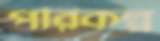
পরিকল্প